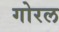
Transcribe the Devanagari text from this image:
गोरल